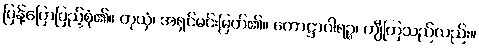
ပြန့်ပြောပြည့်စုံ၏။ တုယှံ၊ အရှင်မင်းမြတ်၏။ ကောဋ္ဌာဂါရဉ္စ၊ ကျီကြသည်လည်း။